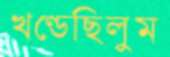
খণ্ডেছিলুম